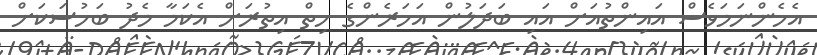
އެހެންނަމަވެސް އައިންތުއަށް އައި ބަދަލުން އަހަރެންގެ ހިތް އިތުރަށް އެކަމާ މެދު ބަހުސަކަށް